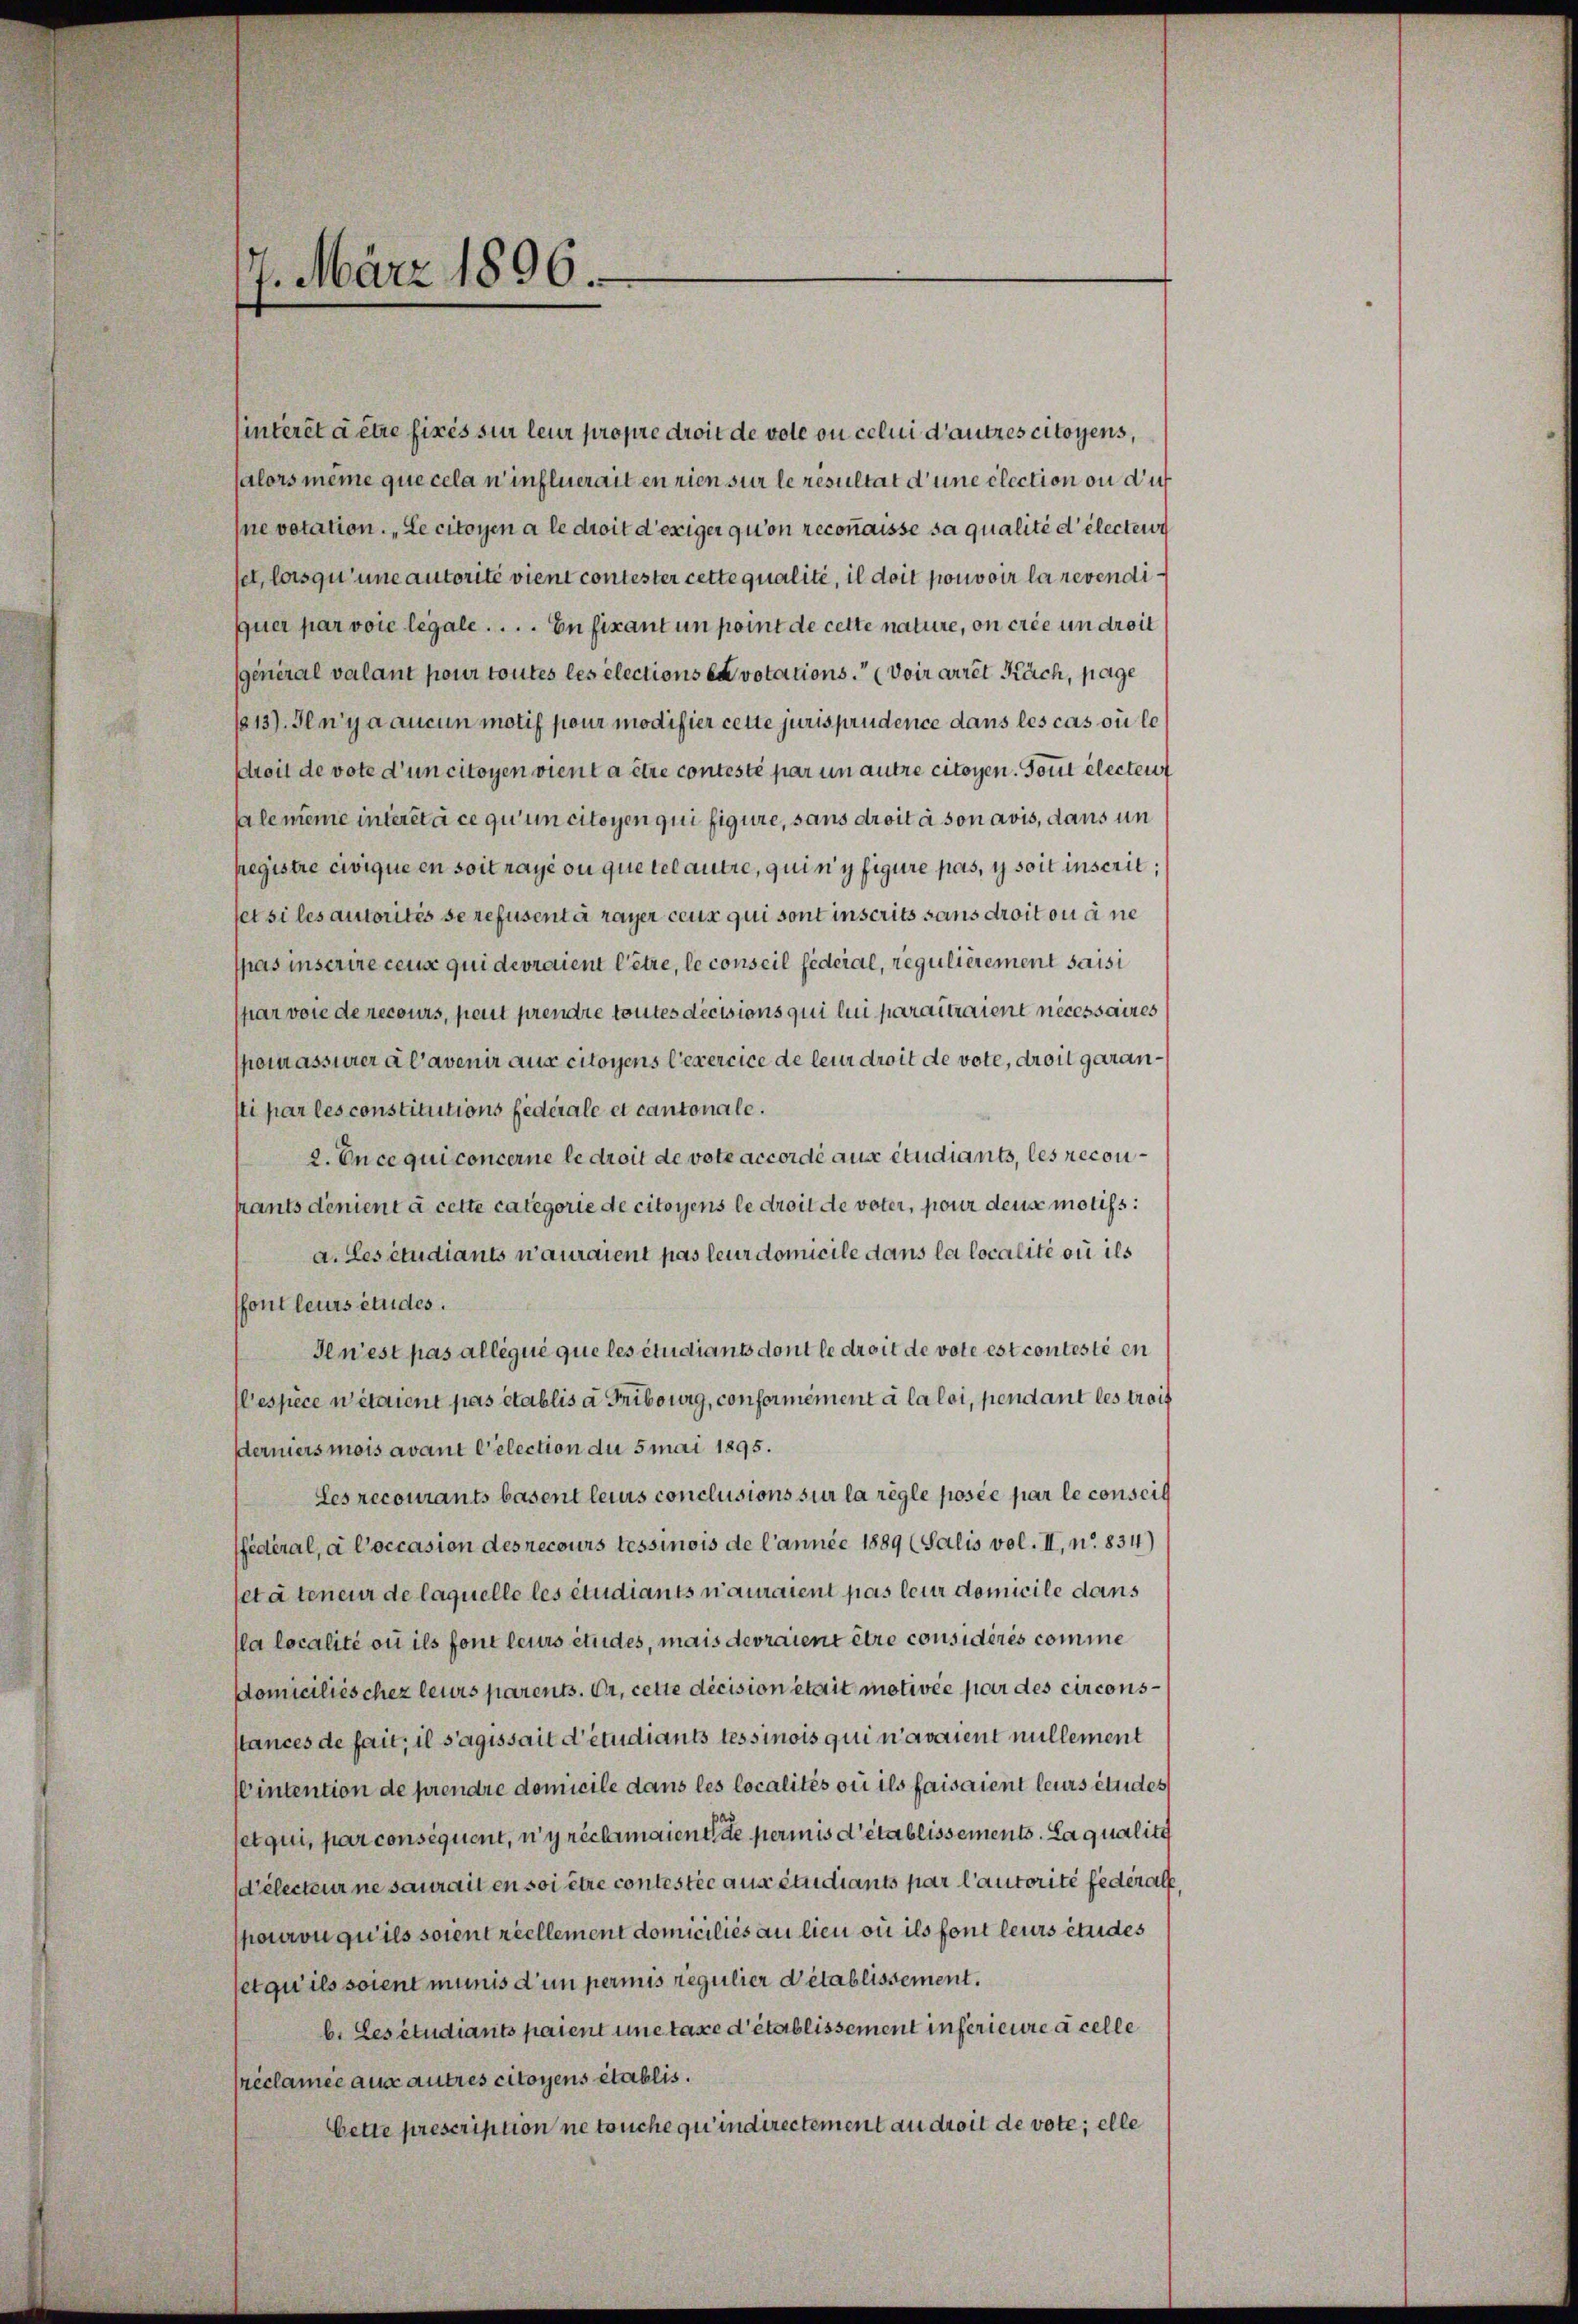
7. März 1806.

interet à être fixés sur leur propre droit de vole ou celui d’autres citoyens,
alors meine que cela n’influerait en rien sur le resultat d’une clection ou dur
Ine votation. „Le citoyen a le droit d’exiger qu’on reconnaisse sa qualité d’électer
set, lorsqu’une autorité vient contester cette qualité, il doit pouvoir la revendiquer par voie legale . . . . En fixant un point de cette nature, on crée un droit
general valant pour toutes les elections en votations. (voir arret Käch, page
1213). Jenyaaucun motif pour modifier cette jurisprudence dans les cas où le
breit de vote d’un citoyen vient à être contesté par un autre citoyen. Tout électeut
salemeine interet à ce qu’un citoyen qui figure, sans droit à son avis, dans un
pregistre civique en soit payé ou que tel autre, quin y figure pas, y soit inscrit,
let si les autorités se refusent à rayer ceux qui sont inscrits sans droit ou à ne
spas inserire ceux qui devraient letze, le conseil federal, regulièrement saisi
par voie de recours, peut prendre toutes decisions qui lui parattraient nécessaires
pomassierer a l’avenir aus citoyens l’exercice de leur droit de vote, droit garansti par les constitutions Federale et cantonale.
2. En ce qui concerne le droit de vote accordé aux étudiants, les reconptants denient à cette categorie de citoyens le droit de voter, pour deuse motifs:
a. Les étudiants n’auraient pas leur domicile dans la localité ou ils
ffont leurs études.
Ien’est pas allégué que les étudiants dont le droit de vote est conteste en
espèce witaient pas établis a Tribourg, conformement à la loi, pendant les troit
derniers mois avant Celection du 5 mai 1895.
Les recourants basent leurs conclusions sur la règle posée par le conseig
fédéral, à l’occasion des recours tessinois de l’année 1889 (Salis vol. II, No 834)
seta teneur de laquelle les étudiants n’auraient pas leur domicile dans
lla localité ou ils font leurs études, mais devraient être considérés comme
domiciliés chez leurs parents. Er, cette décision était motivée par des circonsstances de fait, il s’agissait d’étudiants tessinois qui n’avaient nullement
Wintention de prendre domicile dans les localités ou ils faisaient leurs études
setqui, par conséquent, n’y rechmaient de permis d’établissements. La qualite
d’électeur ne saurait en soi être contestie aus endiants par l’autorité federall
pourvu qu’ils soient reellement domiciliés au lieu où ils font leurs études
setqu’ils soient munis d’un permis regulier d’établissement.
b. Les étudiarits paient une taxe d’établissement inférieure à celle
reclamée aux autres citoyens établis.
bette prescription ne touche qu’ indirectement au droit de vote; elle